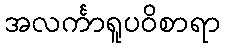
အလင်္ကာရူပဝိစာရာ